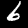
Digit: 6